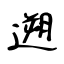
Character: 遡